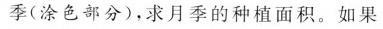
季(涂色部分)，求月季的种植面积。如果